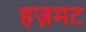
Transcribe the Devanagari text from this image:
हज़मट